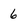
Character: 6